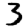
Digit: 3